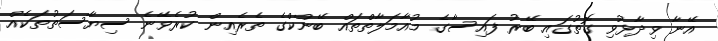
އޭނާ ވިދާޅުވި ގޮތުގައި ބޭރު ފައިސާގެ މުއާމަލާތްތައް ބޭންކްގެ ތެރެއިން ކުރެވޭނެ ސިޔާސަތުތަކެއް